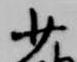
少